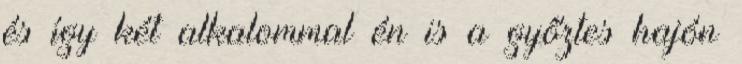
és így két alkalommal én is a győztes hajón